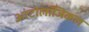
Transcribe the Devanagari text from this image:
आंटोलॉजिकल